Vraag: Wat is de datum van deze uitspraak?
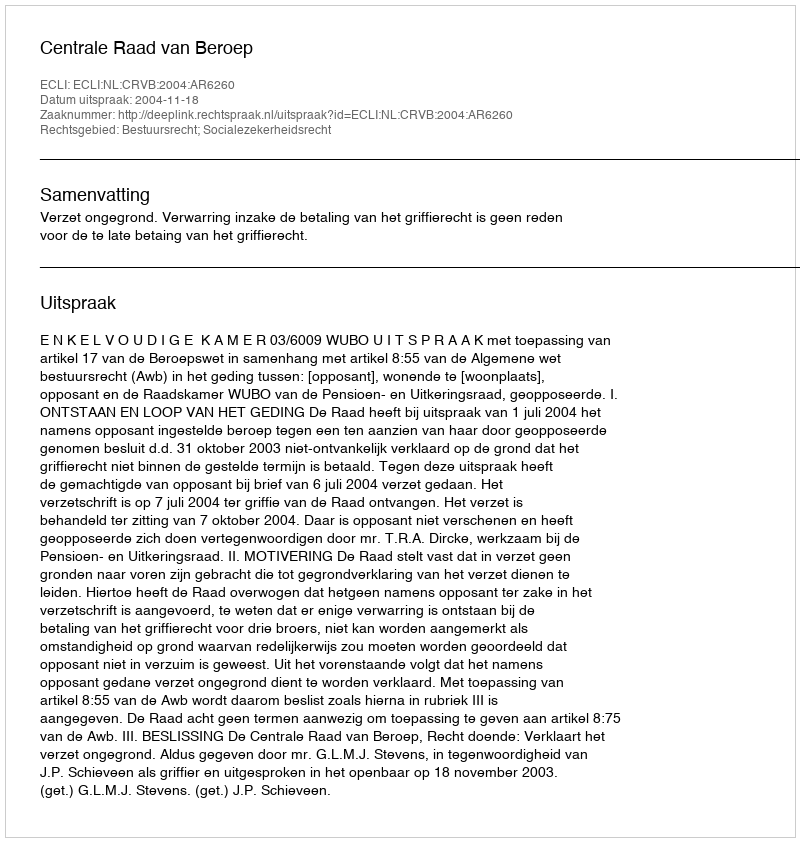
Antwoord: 2004-11-18